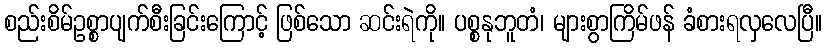
စည်းစိမ်ဥစ္စာပျက်စီးခြင်းကြောင့် ဖြစ်သော ဆင်းရဲကို။ ပစ္စနုဘူတံ၊ များစွာကြိမ်ဖန် ခံစားရလှလေပြီ။